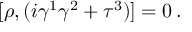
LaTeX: \lbrack \rho , ( i \gamma ^ { 1 } \gamma ^ { 2 } + \tau ^ { 3 } ) ] = 0 \, .